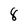
Character: 8